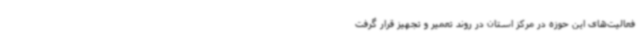
فعالیت‌های این حوزه در مرکز استان در روند تعمیر و تجهیز قرار گرفت